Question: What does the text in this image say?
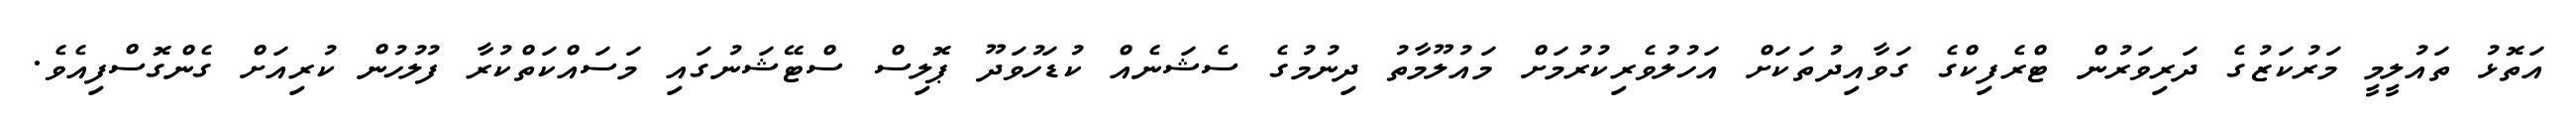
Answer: އަތޮޅު ތައުލީމީ މަރުކަޒުގެ ދަރިވަރުން ޓްރެފިކްގެ ގަވާއިދުތަކަށް އަހުލުވެރިކުރުމަށް މައުލޫމާތު ދިނުމުގެ ސެޝަނެއް ކުޑަހުވަދޫ ޕޮލިސް ސްޓޭޝަނުގައި މަސައްކަތްކުރާ ފުލުހުން ކުރިއަށް ގެންގޮސްފިއެވެ.